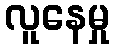
လူနေမှု